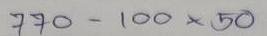
770 - 100 x 50